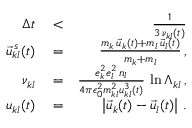
\begin{array} { r l r } { \Delta t } & { { } < } & { \frac { 1 } { 3 \, \nu _ { k l } ( t ) } } \\ { \vec { u } _ { k l } ^ { \, s } ( t ) } & { { } = } & { \frac { m _ { k } \, \vec { u } _ { k } ( t ) + m _ { l } \, \vec { u } _ { l } ( t ) } { m _ { k } + m _ { l } } \, , } \\ { \nu _ { k l } } & { { } = } & { \frac { e _ { k } ^ { 2 } e _ { l } ^ { 2 } \, n _ { l } } { 4 \pi \epsilon _ { 0 } ^ { 2 } m _ { k l } ^ { 2 } u _ { k l } ^ { 3 } \left( t \right) } \, \ln \Lambda _ { k l } \, , } \\ { u _ { k l } ( t ) } & { { } = } & { \left| \vec { u } _ { k } ( t ) - \vec { u } _ { l } ( t ) \right| \, . } \end{array}